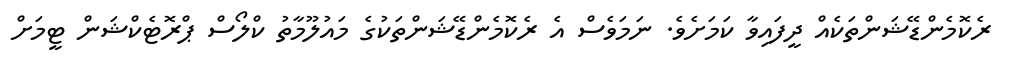
ރެކޮމެންޑޭޝަންތަކެއް ދީފައިވާ ކަމަށެވެ. ނަމަވެސް އެ ރެކޮމެންޑޭޝަންތަކުގެ މައުލޫމާތު ކްލޯސް ޕްރޮޓެކްޝަން ޓީމަށް